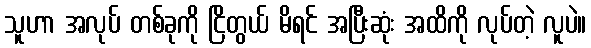
သူဟာ အလုပ် တစ်ခုကို ငြိတွယ် မိရင် အပြီးဆုံး အထိကို လုပ်တဲ့ လူပဲ။